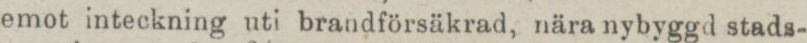
emot inteckning uti brandförsäkrad, nära nybyggd stads-